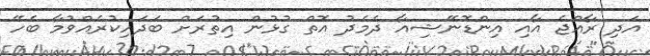
އަދި ރާއްޖެ އާއި އިންޑޮނޭޝިއާ ދެމެދު އޮތް ގުޅުން އިތުރަށް ބަދަހިކުރެއްވުމާ ބެހޭ